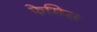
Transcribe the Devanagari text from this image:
फेमिस